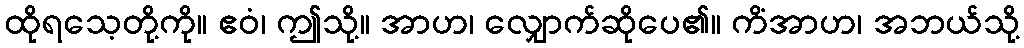
ထိုရသေ့တို့ကို။ ဧဝံ၊ ဤသို့။ အာဟ၊ လျှောက်ဆိုပေ၏။ ကိံအာဟ၊ အဘယ်သို့